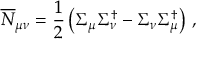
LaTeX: \overline { { { N } } } _ { \mu \nu } = \frac { 1 } { 2 } \left( \Sigma _ { \mu } \Sigma _ { \nu } ^ { \dagger } - \Sigma _ { \nu } \Sigma _ { \mu } ^ { \dagger } \right) \, ,